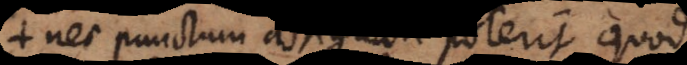
nec punctum assignari poterit quod